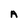
Character: A